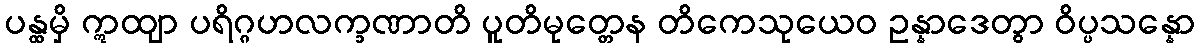
ပန္ထမှိ ဣထျာ ပရိဂ္ဂဟလက္ခဏာတိ ပူတိမုတ္တေန တိကေသုယေဝ ဥန္နာဒေတွာ ဝိပ္ပသန္နော